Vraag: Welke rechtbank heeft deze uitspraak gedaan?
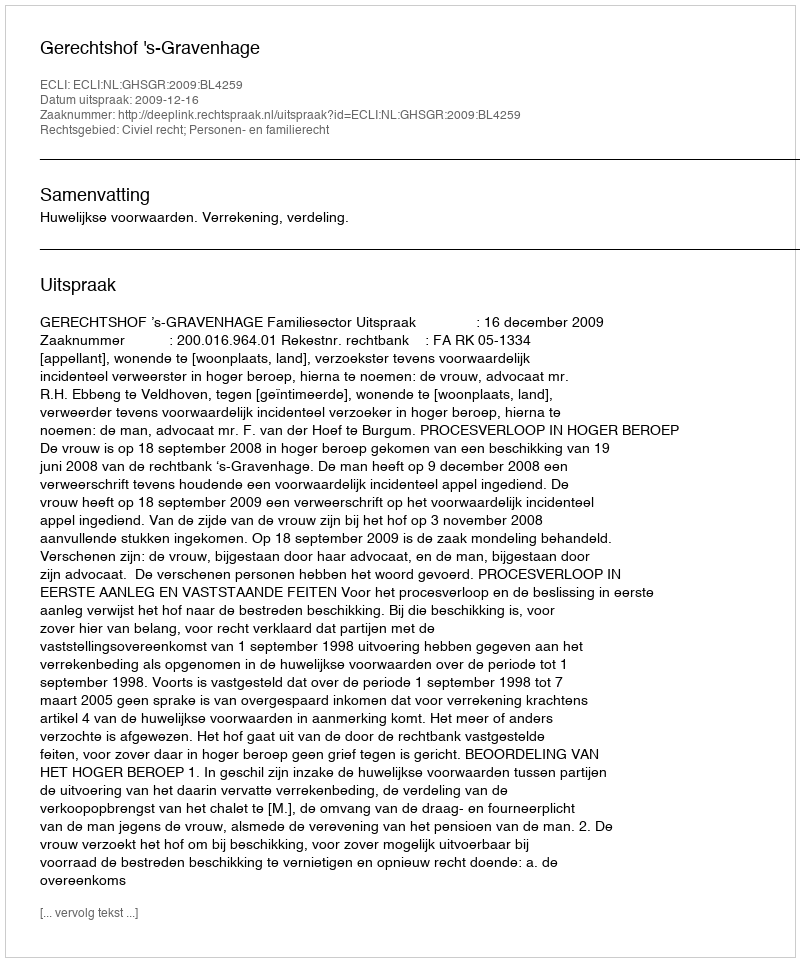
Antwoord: Gerechtshof 's-Gravenhage